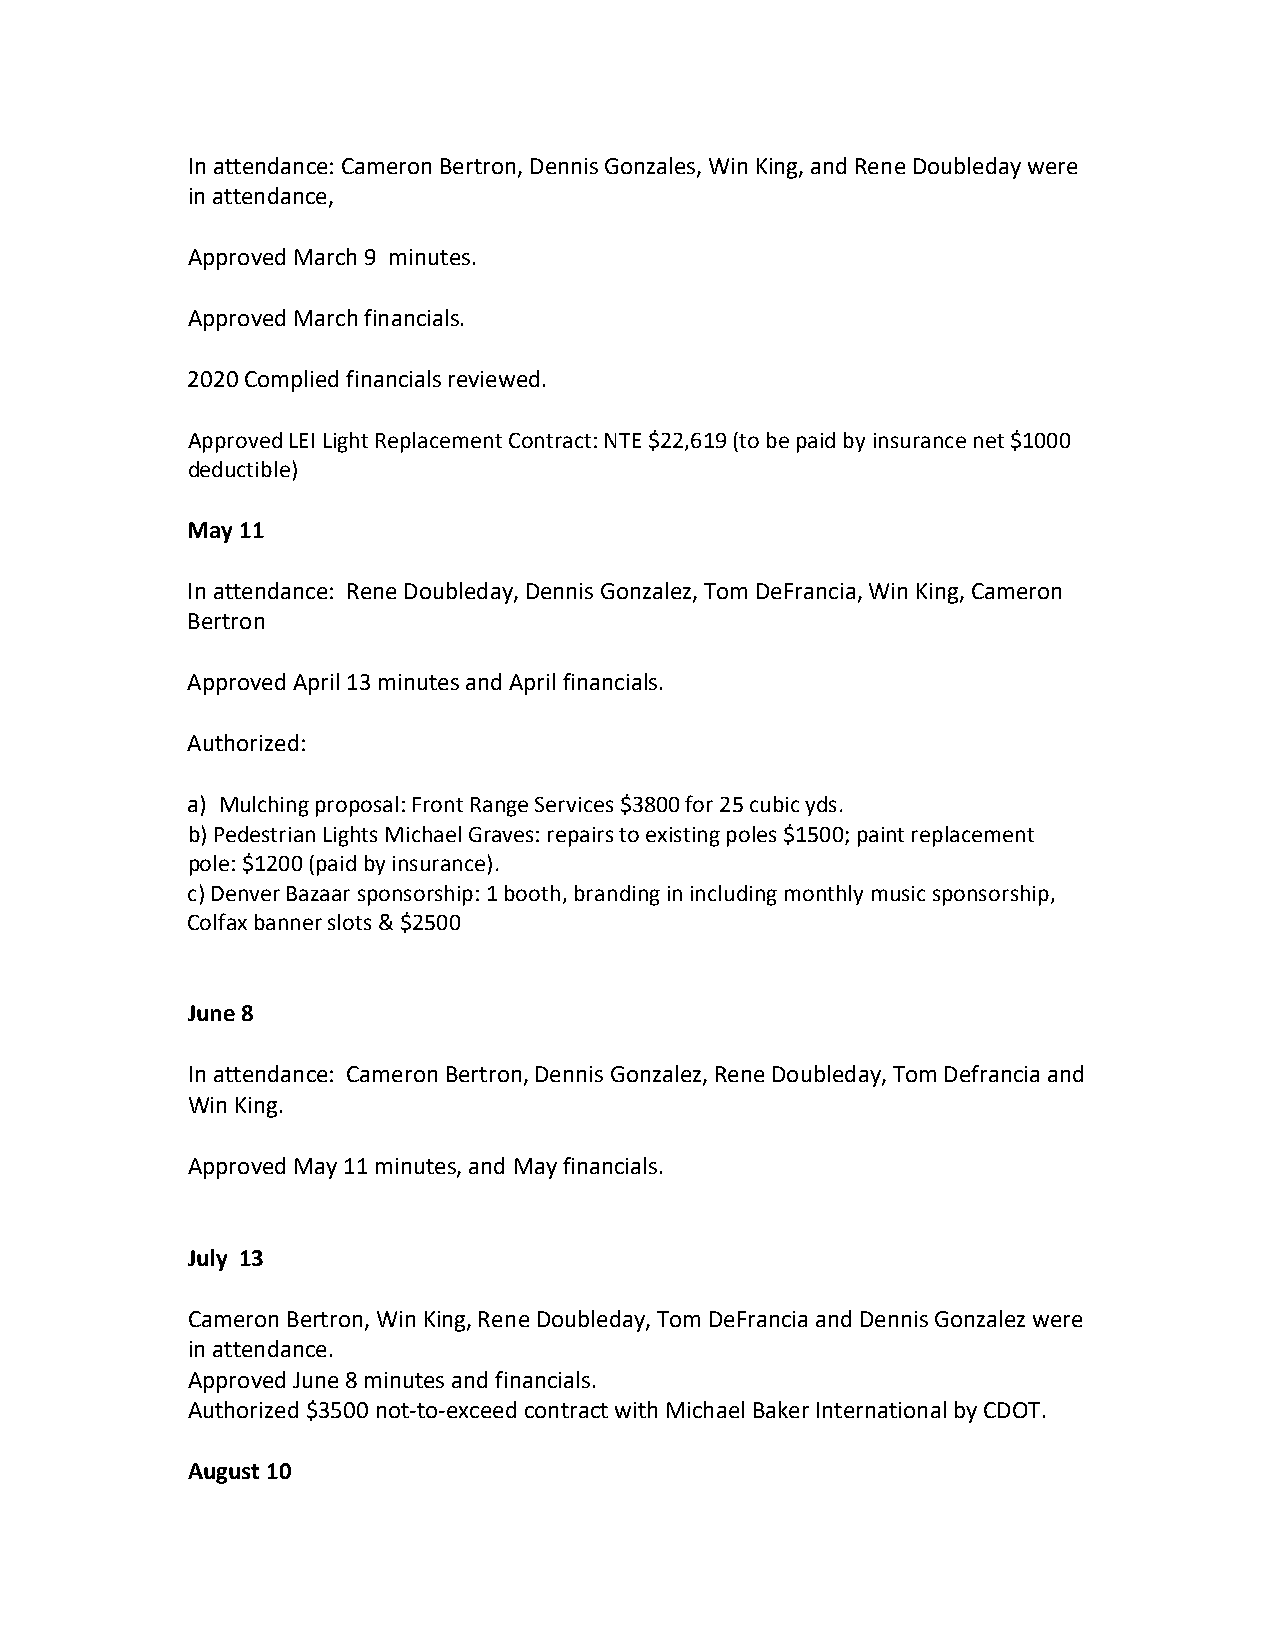
In attendance: Cameron Bertron, Dennis Gonzales, Win King, and Rene Doubleday were
 in attendance,
 Approved March 9 minutes.
 Approved March financials.
 2020 Complied financials reviewed.
 Approved LEI Light Replacement Contract: NTE $22,619 (to be paid by insurance net $1000
 deductible)
 May 11
 In attendance: Rene Doubleday, Dennis Gonzalez, Tom DeFrancia, Win King, Cameron
 Bertron
 Approved April 13 minutes and April financials.
 Authorized:
 a) Mulching proposal: Front Range Services $3800 for 25 cubic yds.
 b) Pedestrian Lights Michael Graves: repairs to existing poles $1500; paint replacement
 pole: $1200 (paid by insurance).
 c) Denver Bazaar sponsorship: 1 booth, branding in including monthly music sponsorship,
 Colfax banner slots & $2500
 June 8
 In attendance: Cameron Bertron, Dennis Gonzalez, Rene Doubleday, Tom Defrancia and
 Win King.
 Approved May 11 minutes, and May financials.
 July 13
 Cameron Bertron, Win King, Rene Doubleday, Tom DeFrancia and Dennis Gonzalez were
 in attendance.
 Approved June 8 minutes and financials.
 Authorized $3500 not-to-exceed contract with Michael Baker International by CDOT.
 August 10